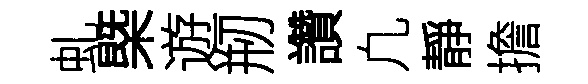
虬㮣遊剏讚凢靜擔